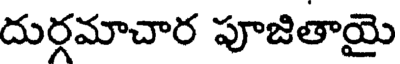
దుర్గమాచార పూజితాయై